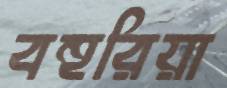
বহুরিয়া